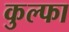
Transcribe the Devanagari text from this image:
कुल्‍फा